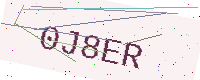
Text: 0J8ER